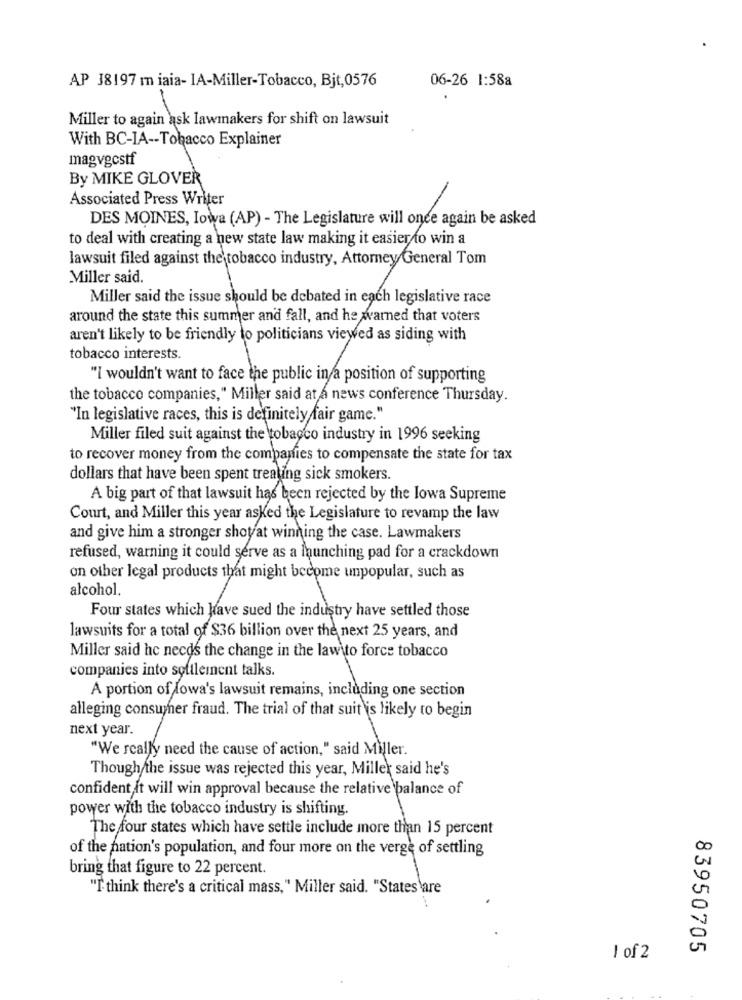
AP 38197 m iaia- IA-Miller-Tobacco, Bjt,0576
06-26 1:588
Miller to again ask lawmakers for shift on lawsuit
With BC-IA -- Tobacco Explainer
magvgcstf
By MIKE GLOVER
Associated Press Writer
DES MOINES, Iowa (AP) - The Legislature will once again be asked
to deal with creating a new state law making it easier to win a
lawsuit filed against the tobacco industry, Attorney General Tom
Miller said.
Miller said the issue should be debated in each legislative race
around the state this summer and fall, and he warned that voters
aren't likely to be friendly to politicians viewed as siding with
tobacco interests.
"I wouldn't want to face the public in a position of supporting
the tobacco companies," Miller said at a news conference Thursday.
"In legislative races, this is definitely fair game."
Miller filed suit against the tobacco industry in 1996 seeking
to recover money from the companies to compensate the state for tax
dollars that have been spent treaung sick smokers.
A big part of that lawsuit has been rejected by the lowa Supreme
Court, and Miller this year asked the Legislature to revamp the law
and give him a stronger shotat winning the case. Lawmakers
refused, warning it could serve as a launching pad for a crackdown
on other legal products that might become unpopular, such as
alcohol.
Four states which kave sued the industry have settled those
lawsuits for a total of $36 billion over the next 25 years, and
Miller said he needs the change in the law\to force tobacco
companies into softlement talks.
A portion of fowa's lawsuit remains, including one section
alleging consuyher fraud. The trial of that suit is likely to begin
next year.
"We really need the cause of action," said Miller.
Though the issue was rejected this year, Miller said he's
confident it will win approval because the relative balance of
power with the tobacco industry is shifting.
The four states which have settle include more than 15 percent
of the nation's population, and four more on the verge of settling
bring that figure to 22 percent.
"I think there's a critical mass," Miller said. "States are
83950705
1 of 2